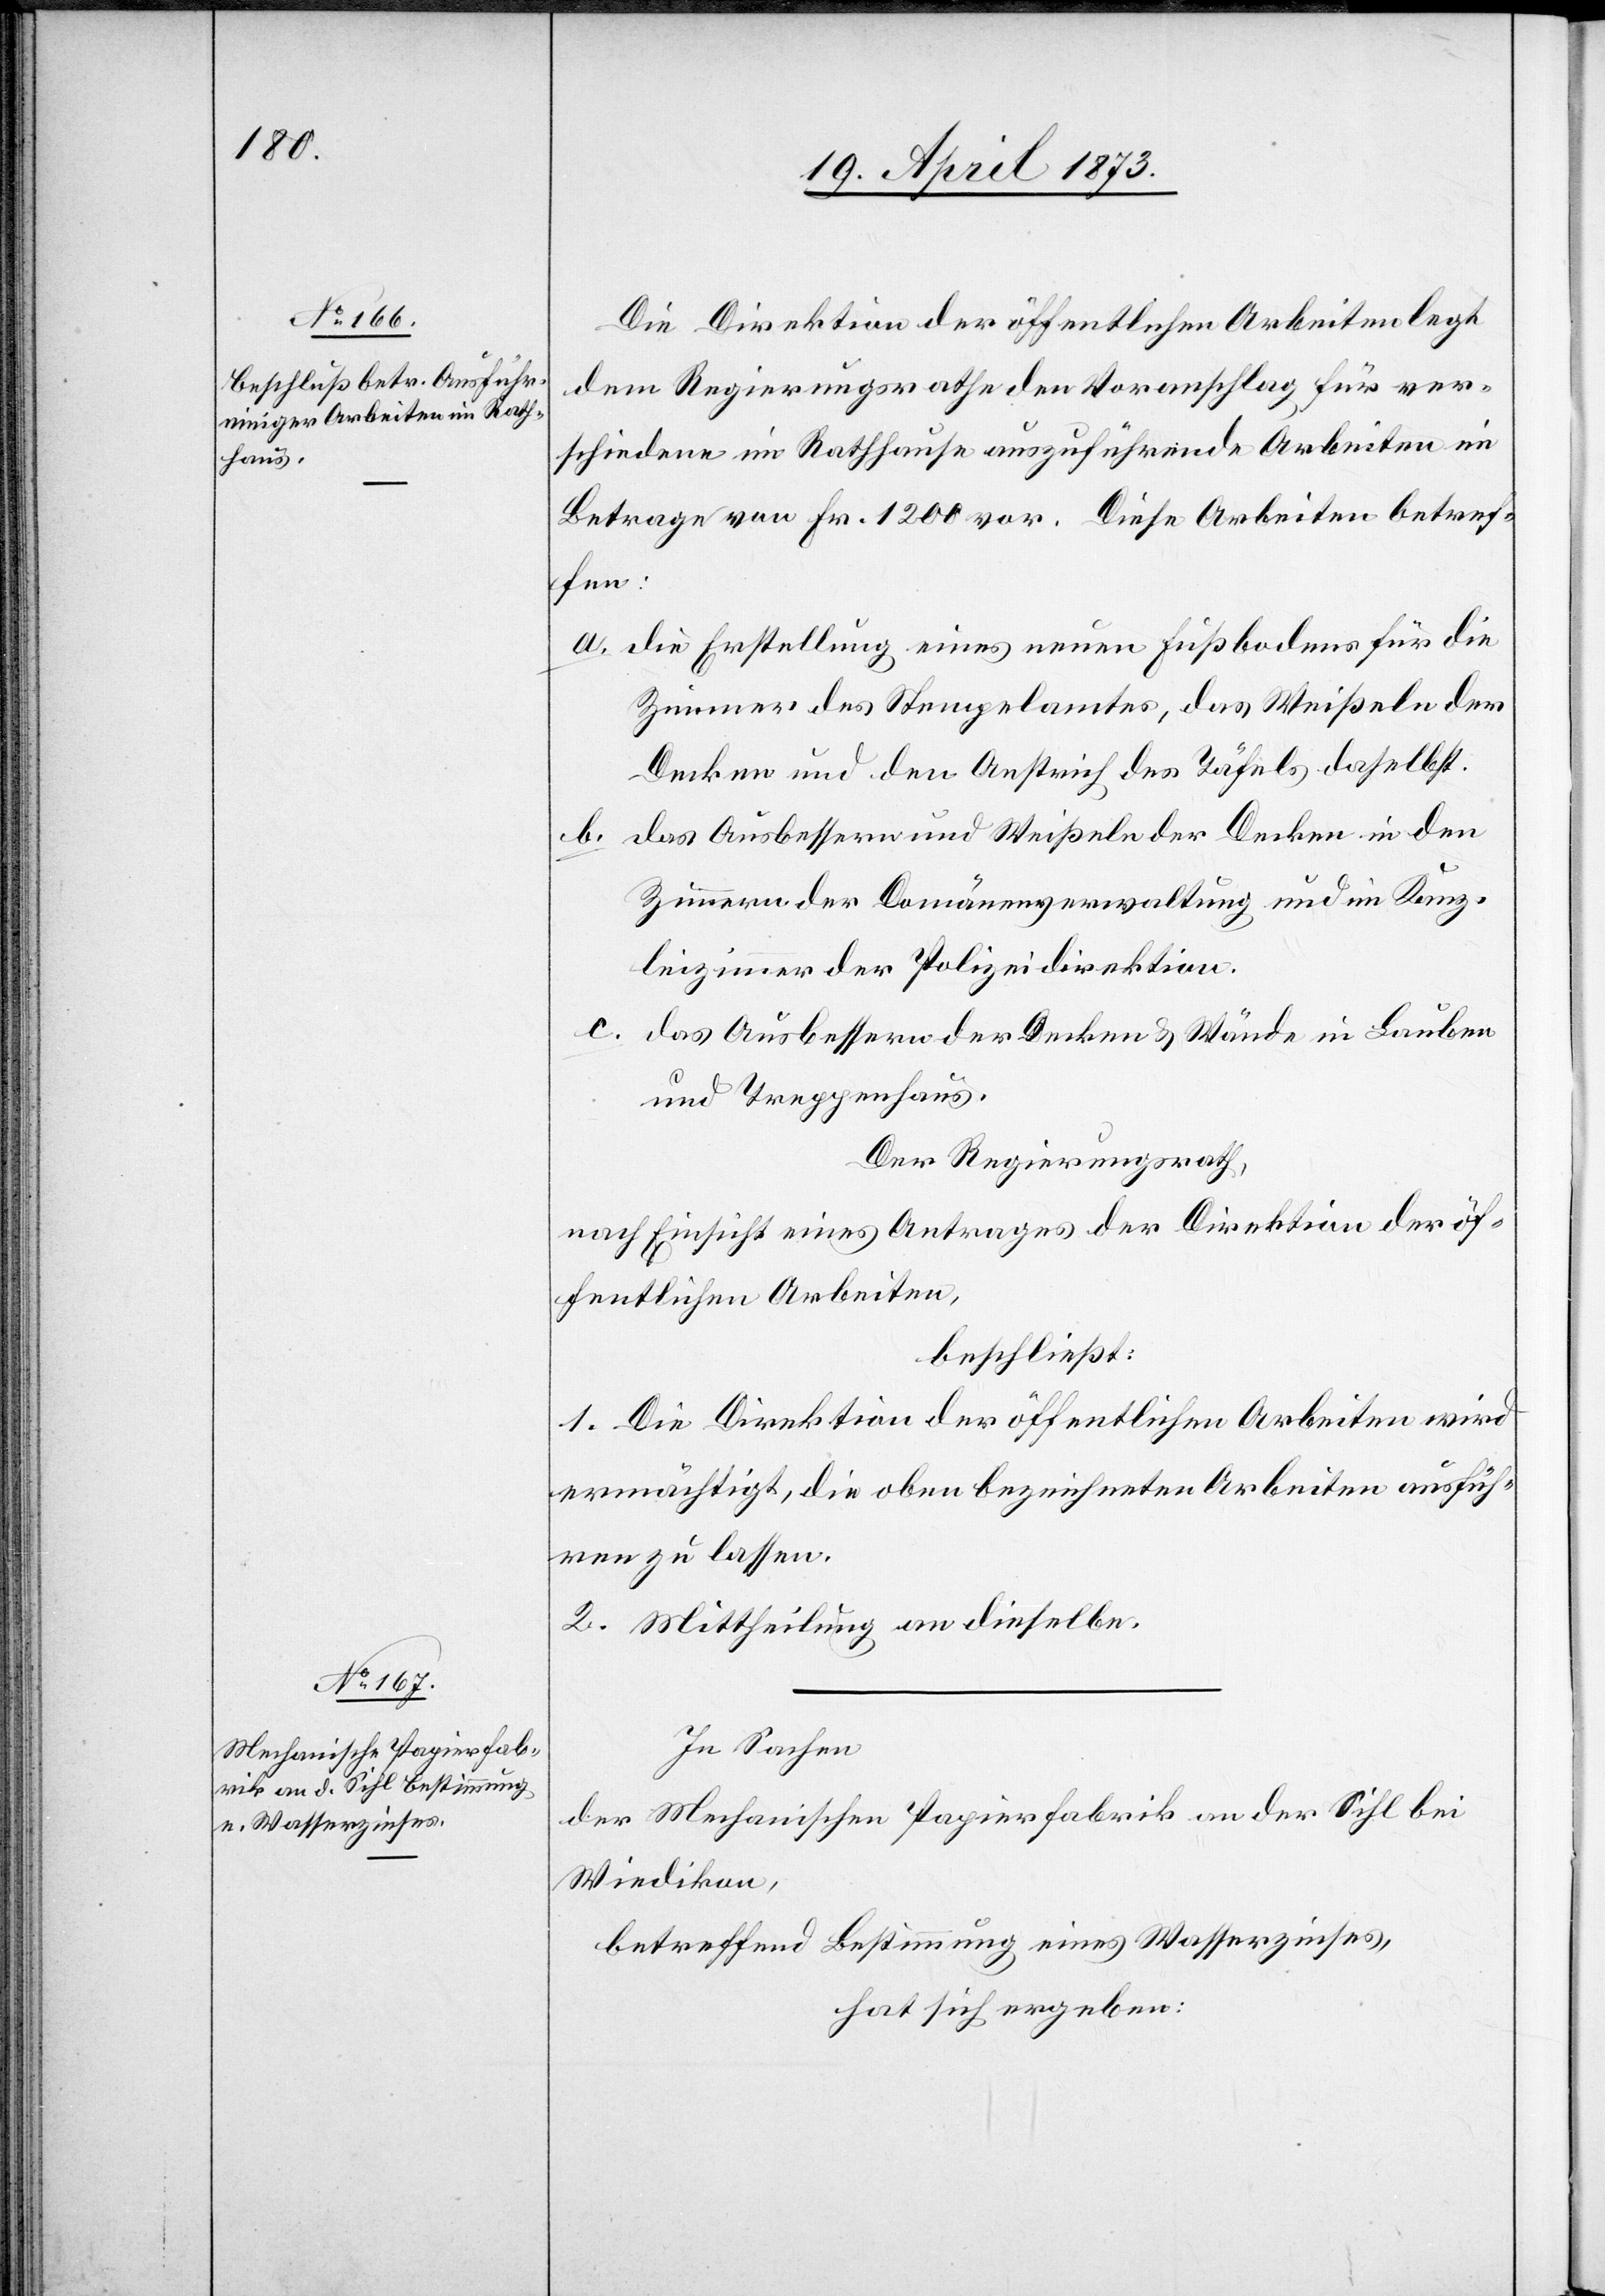
Die Direktion der öffentlichen Arbeiten legt
dem Regierungsrathe den Voranschlag für ver¬
schiedene im Rathhause auszuführende Arbeiten im
Betrage von Fr. 1200 vor. Diese Arbeiten betref¬
fen:
a. die Erstellung eines neuen Fußbodens für die
Zimmer des Stempelamtes, das Weißeln der
Decken und den Anstrich des Täfels daselbst.
b. das Ausbessern und Weißeln der Decken in den
Zimmern der Domänenverwaltung und im Kanz¬
leizimmer der Polizeidirektion.
c. das Ausbessern der Decken & Wände in Lauben
und Treppenhaus.
Der Regierungsrath,
nach Einsicht eines Antrages der Direktion der öf¬
fentlichen Arbeiten,
beschließt:
1. Die Direktion der öffentlichen Arbeiten wird
ermächtigt, die oben bezeichneten Arbeiten ausfüh¬
ren zu lassen.
2. Mittheilung an dieselbe.
In Sachen
der Mechanischen Papierfabrik an der Sihl bei
Wiedikon,
betreffend Bestimmung eines Wasserzinses,
hat sich ergeben: